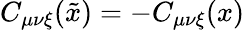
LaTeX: C_{\mu\nu\xi}(\tilde{x})=-C_{\mu\nu\xi}(x)